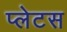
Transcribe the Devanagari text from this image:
प्लेटस